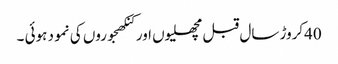
40کروڑ سال قبل مچھلیوں اور کنکھجوروں کی نمو د ہوئی ۔